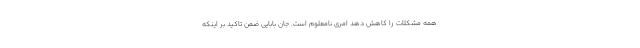
همه مشکلات را کاهش دهد امری نامعلوم است. جان بابایی ضمن تاکید بر اینکه